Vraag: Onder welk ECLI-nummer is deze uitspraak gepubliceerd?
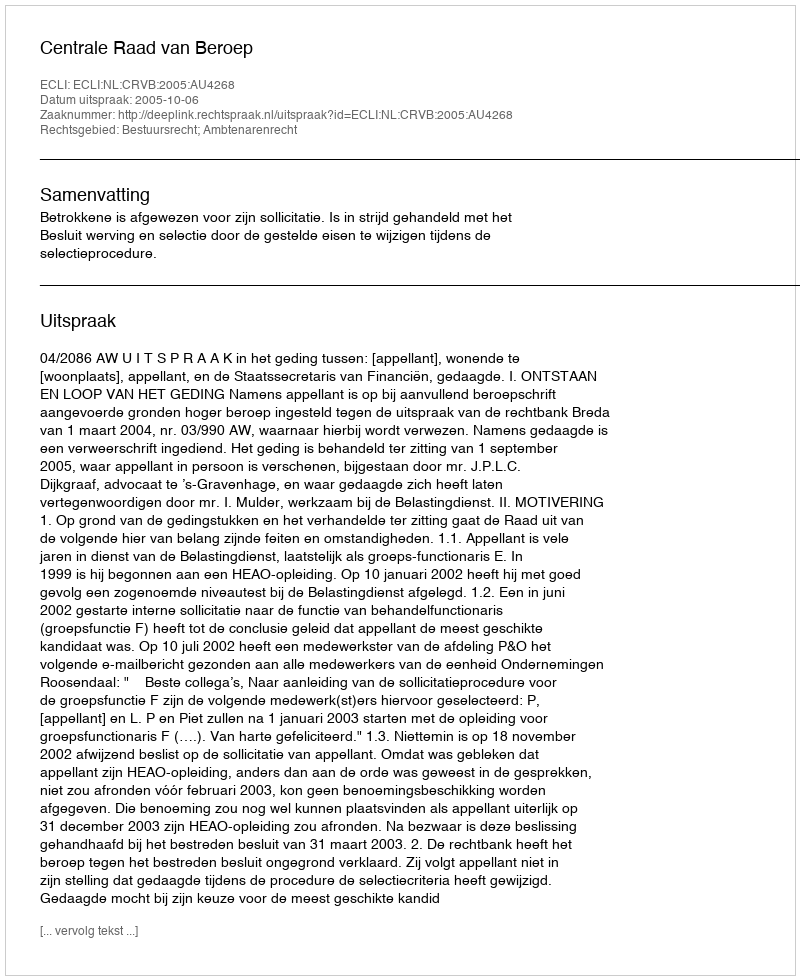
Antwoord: ECLI:NL:CRVB:2005:AU4268